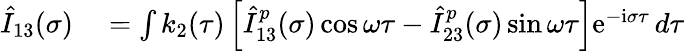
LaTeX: \begin{array}{rl}{\hat{I}_{13}(\sigma)}&{{}=\int k_{2}(\tau)\left[\hat{I}_{13}^{p}(\sigma)\cos\omega\tau-\hat{I}_{23}^{p}(\sigma)\sin\omega\tau\right]\mathrm{e}^{-\mathrm{i}\sigma\tau}\, d\tau}\end{array}